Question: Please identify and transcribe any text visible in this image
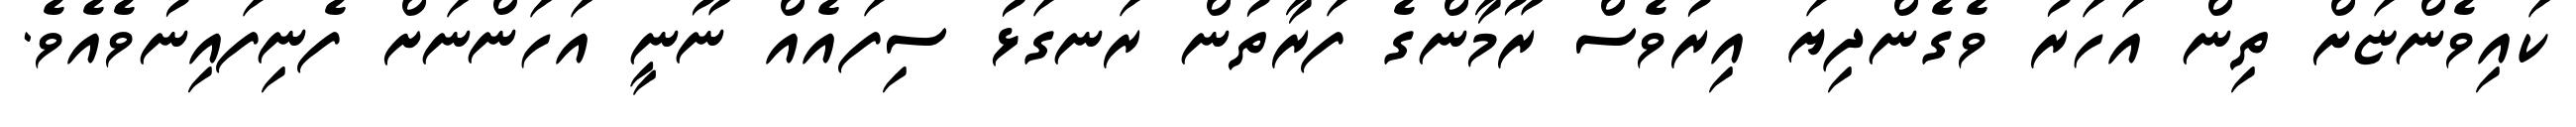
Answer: ކައިވެންޏަށް ތިން އަހަރު ވެގެންދިޔަ އިރުވެސް ރޫމާންގެ ފަރާތުން ރަނގަޅު ސިފައެއް ނޫނީ އަހަންނަށް ފެނިފައިނުވެއެވެ.